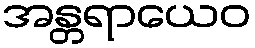
အန္တရာယေဝ